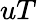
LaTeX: uT